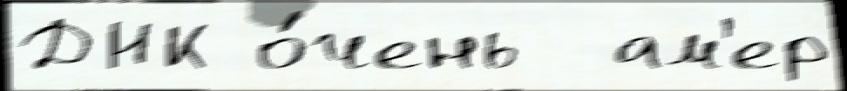
ДНК о́чень  ам'ер